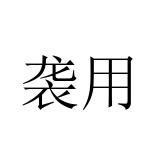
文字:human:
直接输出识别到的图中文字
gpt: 袭用